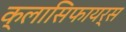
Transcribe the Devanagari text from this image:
क्लासिफायर्स